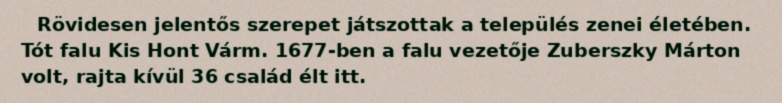
Rövidesen jelentős szerepet játszottak a település zenei életében. Tót falu Kis Hont Várm. 1677-ben a falu vezetője Zuberszky Márton volt, rajta kívül 36 család élt itt.